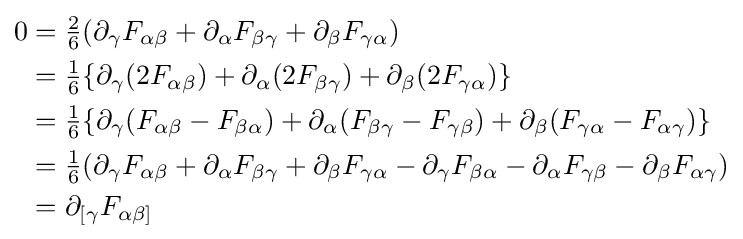
{\begin{aligned}0&={\begin{matrix}{\frac {2}{6}}\end{matrix}}(\partial _{\gamma }F_{\alpha \beta }+\partial _{\alpha }F_{\beta \gamma }+\partial _{\beta }F_{\gamma \alpha })\\&={\begin{matrix}{\frac {1}{6}}\end{matrix}}\{\partial _{\gamma }(2F_{\alpha \beta })+\partial _{\alpha }(2F_{\beta \gamma })+\partial _{\beta }(2F_{\gamma \alpha })\}\\&={\begin{matrix}{\frac {1}{6}}\end{matrix}}\{\partial _{\gamma }(F_{\alpha \beta }-F_{\beta \alpha })+\partial _{\alpha }(F_{\beta \gamma }-F_{\gamma \beta })+\partial _{\beta }(F_{\gamma \alpha }-F_{\alpha \gamma })\}\\&={\begin{matrix}{\frac {1}{6}}\end{matrix}}(\partial _{\gamma }F_{\alpha \beta }+\partial _{\alpha }F_{\beta \gamma }+\partial _{\beta }F_{\gamma \alpha }-\partial _{\gamma }F_{\beta \alpha }-\partial _{\alpha }F_{\gamma \beta }-\partial _{\beta }F_{\alpha \gamma })\\&=\partial _{[\gamma }F_{\alpha \beta ]}\end{aligned}}